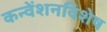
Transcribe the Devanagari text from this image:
कन्वेंशनविशेष